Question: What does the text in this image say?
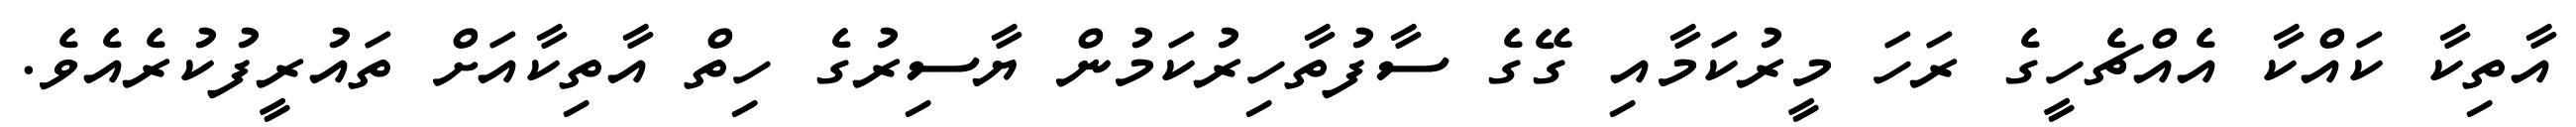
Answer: އާތިކާ ކައްކާ އެއްޗެހީގެ ރަހަ މީރުކަމާއި ގޭގެ ސާފުތާހިރުކަމުން ޔާސިރުގެ ހިތް އާތިކާއަށް ތައުރީފުކުރެއެވެ.